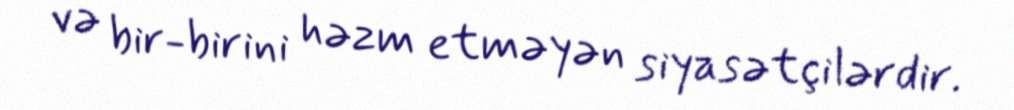
və bir-birini həzm etməyən siyasətçilərdir.